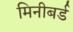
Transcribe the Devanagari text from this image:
मिनीबर्ड